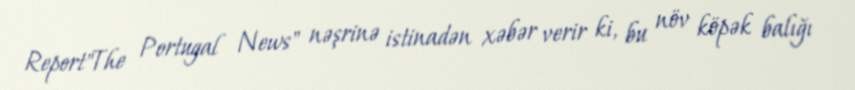
Report"The Portugal News" nəşrinə istinadən xəbər verir ki, bu növ köpək balığı